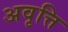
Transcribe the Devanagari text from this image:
अवृत्ति